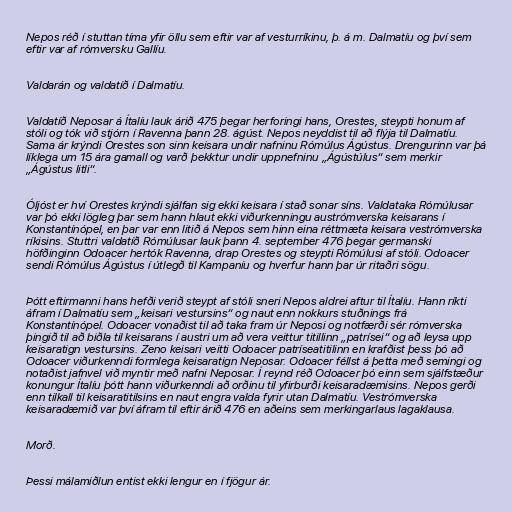
Nepos réð í stuttan tíma yfir öllu sem eftir var af vesturríkinu, þ. á m. Dalmatíu og því sem
eftir var af rómversku Gallíu.

Valdarán og valdatíð í Dalmatíu.

Valdatíð Neposar á Ítalíu lauk árið 475 þegar herforingi hans, Orestes, steypti honum af
stóli og tók við stjórn í Ravenna þann 28. ágúst. Nepos neyddist til að flýja til Dalmatíu.
Sama ár krýndi Orestes son sinn keisara undir nafninu Rómúlus Ágústus. Drengurinn var þá
líklega um 15 ára gamall og varð þekktur undir uppnefninu „Ágústúlus“ sem merkir
„Ágústus litli“.

Óljóst er hví Orestes krýndi sjálfan sig ekki keisara í stað sonar síns. Valdataka Rómúlusar
var þó ekki lögleg þar sem hann hlaut ekki viðurkenningu austrómverska keisarans í
Konstantínópel, en þar var enn litið á Nepos sem hinn eina réttmæta keisara vestrómverska
ríkisins. Stuttri valdatíð Rómúlusar lauk þann 4. september 476 þegar germanski
höfðinginn Odoacer hertók Ravenna, drap Orestes og steypti Rómúlusi af stóli. Odoacer
sendi Rómúlus Ágústus í útlegð til Kampaníu og hverfur hann þar úr ritaðri sögu.

Þótt eftirmanni hans hefði verið steypt af stóli sneri Nepos aldrei aftur til Ítalíu. Hann ríkti
áfram í Dalmatíu sem „keisari vestursins“ og naut enn nokkurs stuðnings frá
Konstantínópel. Odoacer vonaðist til að taka fram úr Neposi og notfærði sér rómverska
þingið til að biðla til keisarans í austri um að vera veittur titillinn „patrísei“ og að leysa upp
keisaratign vestursins. Zeno keisari veitti Odoacer patríseatitilinn en krafðist þess þó að
Odoacer viðurkenndi formlega keisaratign Neposar. Odoacer féllst á þetta með semingi og
notaðist jafnvel við myntir með nafni Neposar. Í reynd réð Odoacer þó einn sem sjálfstæður
konungur Ítalíu þótt hann viðurkenndi að orðinu til yfirburði keisaradæmisins. Nepos gerði
enn tilkall til keisaratitilsins en naut engra valda fyrir utan Dalmatíu. Vestrómverska
keisaradæmið var því áfram til eftir árið 476 en aðeins sem merkingarlaus lagaklausa.

Morð.

Þessi málamiðlun entist ekki lengur en í fjögur ár.